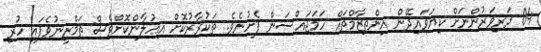
04 ދަރިވަރުންނަށް ކިޔަވައިދޭން އިންތިޒާމްތައް ހަމަޖައްސަން ފެށުނެވެ. ތަކުރާރުކޮށް އިޢުލާންކޮށްވެސް ތަމްރީނުވެފައި ހުރި